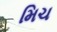
મિચ